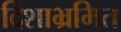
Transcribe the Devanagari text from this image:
दिशाभ्रमित